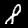
Label: 8